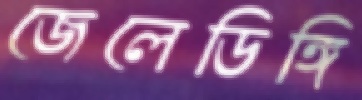
জেলেডিঙ্গি